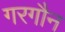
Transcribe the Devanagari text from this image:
गरगौन